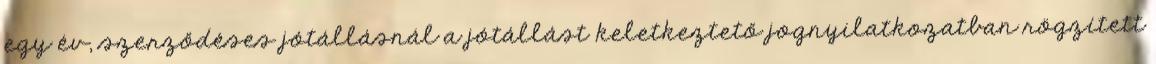
egy év, szerződéses jótállásnál a jótállást keletkeztető jognyilatkozatban rögzített